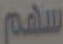
سهم